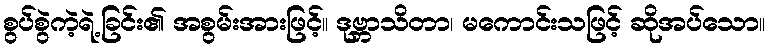
စွပ်စွဲကဲ့ရဲ့ခြင်း၏ အစွမ်းအားဖြင့်။ ဒုဗ္ဘာသိတာ၊ မကောင်းသဖြင့် ဆိုအပ်သော။